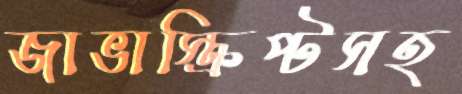
জাভাস্ক্রিপ্টসহ